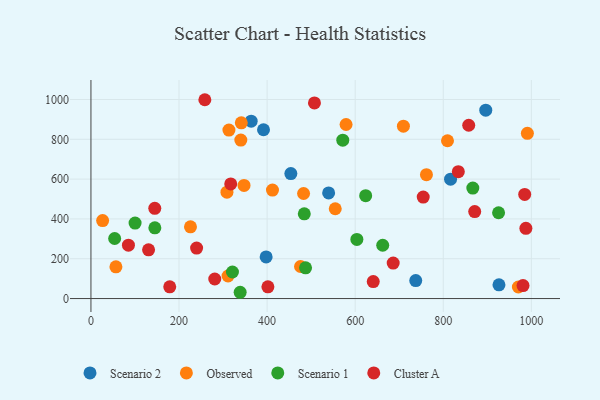
{"axis": {"x": "Distance", "y": "Sales"}, "legend": ["Cluster A", "Observed", "Scenario 1", "Scenario 2"], "data": [{"x": "816.6", "y": 599.6, "type": "Scenario 2"}, {"x": "363.8", "y": 891.1, "type": "Scenario 2"}, {"x": "926.5", "y": 68.7, "type": "Scenario 2"}, {"x": "539.7", "y": 530.7, "type": "Scenario 2"}, {"x": "397.8", "y": 209.3, "type": "Scenario 2"}, {"x": "453.9", "y": 627.6, "type": "Scenario 2"}, {"x": "391.8", "y": 847.9, "type": "Scenario 2"}, {"x": "896.5", "y": 946.1, "type": "Scenario 2"}, {"x": "737.5", "y": 90.5, "type": "Scenario 2"}, {"x": "482.8", "y": 527.7, "type": "Observed"}, {"x": "970.6", "y": 58.1, "type": "Observed"}, {"x": "308.8", "y": 534.2, "type": "Observed"}, {"x": "554.7", "y": 451.1, "type": "Observed"}, {"x": "579.3", "y": 874.4, "type": "Observed"}, {"x": "313.3", "y": 846.1, "type": "Observed"}, {"x": "340.3", "y": 795.9, "type": "Observed"}, {"x": "709.5", "y": 865.7, "type": "Observed"}, {"x": "226.0", "y": 360.1, "type": "Observed"}, {"x": "56.7", "y": 159.3, "type": "Observed"}, {"x": "311.3", "y": 113.3, "type": "Observed"}, {"x": "412.2", "y": 544.7, "type": "Observed"}, {"x": "475.9", "y": 161.0, "type": "Observed"}, {"x": "809.6", "y": 792.8, "type": "Observed"}, {"x": "341.4", "y": 882.9, "type": "Observed"}, {"x": "991.0", "y": 830.2, "type": "Observed"}, {"x": "761.8", "y": 622.1, "type": "Observed"}, {"x": "26.5", "y": 391.8, "type": "Observed"}, {"x": "347.6", "y": 568.1, "type": "Observed"}, {"x": "338.8", "y": 31.5, "type": "Scenario 1"}, {"x": "487.3", "y": 154.5, "type": "Scenario 1"}, {"x": "867.1", "y": 554.8, "type": "Scenario 1"}, {"x": "571.8", "y": 795.8, "type": "Scenario 1"}, {"x": "662.5", "y": 267.8, "type": "Scenario 1"}, {"x": "603.8", "y": 297.1, "type": "Scenario 1"}, {"x": "925.6", "y": 431.1, "type": "Scenario 1"}, {"x": "321.3", "y": 133.3, "type": "Scenario 1"}, {"x": "623.8", "y": 517.0, "type": "Scenario 1"}, {"x": "484.4", "y": 425.7, "type": "Scenario 1"}, {"x": "145.1", "y": 355.1, "type": "Scenario 1"}, {"x": "53.8", "y": 301.6, "type": "Scenario 1"}, {"x": "100.2", "y": 379.0, "type": "Scenario 1"}, {"x": "130.8", "y": 244.8, "type": "Cluster A"}, {"x": "317.4", "y": 575.6, "type": "Cluster A"}, {"x": "641.0", "y": 85.3, "type": "Cluster A"}, {"x": "401.8", "y": 59.0, "type": "Cluster A"}, {"x": "857.8", "y": 870.5, "type": "Cluster A"}, {"x": "281.1", "y": 98.1, "type": "Cluster A"}, {"x": "686.3", "y": 178.4, "type": "Cluster A"}, {"x": "239.9", "y": 253.5, "type": "Cluster A"}, {"x": "981.1", "y": 65.3, "type": "Cluster A"}, {"x": "871.4", "y": 436.8, "type": "Cluster A"}, {"x": "507.5", "y": 982.6, "type": "Cluster A"}, {"x": "85.1", "y": 267.9, "type": "Cluster A"}, {"x": "987.6", "y": 352.8, "type": "Cluster A"}, {"x": "754.5", "y": 509.8, "type": "Cluster A"}, {"x": "984.9", "y": 522.9, "type": "Cluster A"}, {"x": "834.2", "y": 637.3, "type": "Cluster A"}, {"x": "144.9", "y": 453.4, "type": "Cluster A"}, {"x": "258.6", "y": 998.8, "type": "Cluster A"}, {"x": "178.9", "y": 58.9, "type": "Cluster A"}]}